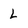
Character: L